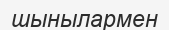
шынылармен